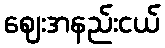
ဈေးအနည်းငယ်